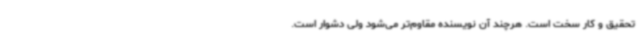
تحقیق و کار سخت است. هرچند آن نویسنده مقاوم‌تر می‌شود ولی دشوار است.